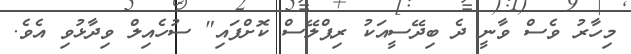
މިހާރު ވެސް ވާނީ ދެ ބިދޭސީއަކު ރިޕްލޭސް ކޮށްފައި" ސުހެއިލް ވިދާޅުވި އެވެ.